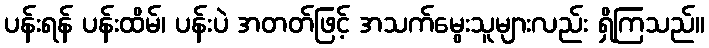
ပန်းရန် ပန်းထိမ်၊ ပန်းပဲ အတတ်ဖြင့် အသက်မွေးသူများလည်း ရှိကြသည်။